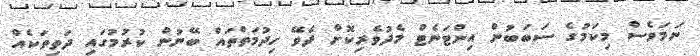
ނަމަވެސް މިކަމުގެ ސަބަބުން އިންޓަނެޓް މެދުވެރިކޮށް ދެވޭ ހިދުމަތްތައް ބޭނުން ކުރުމުގައި ދަތިތަކެއް